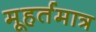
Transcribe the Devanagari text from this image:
मूहर्तमात्र